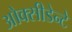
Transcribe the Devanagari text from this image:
ओक्सीडेन्टे